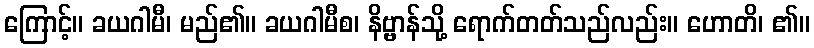
ကြောင့်။ ခယဂါမီ၊ မည်၏။ ခယဂါမီစ၊ နိဗ္ဗာန်သို့ ရောက်တတ်သည်လည်း။ ဟောတိ၊ ၏။